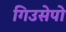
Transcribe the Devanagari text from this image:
गिउसेपो